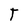
Character: T